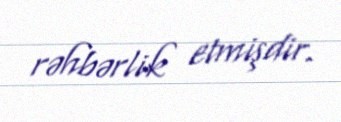
rəhbərlik etmişdir.